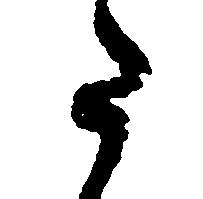
た